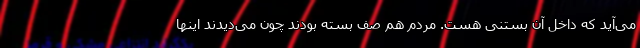
می‌آید که داخل آن بستنی هست. مردم هم صف بسته بودند چون می‌دیدند اینها